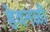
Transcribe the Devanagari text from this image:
हेवनळी